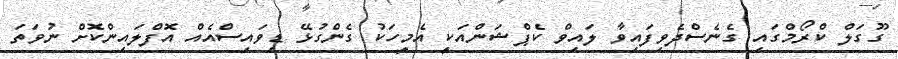
ގޫގަލް ކްރޯމްގައި ގެނެސްދެވިފައިވާ ލައިވް ކެޕްޝަންއަކީ އެމީހަކު ގެންގުޅޭ ޑިވައިސްއެއް އޮފްލައިންކޮށް ނުވަތަ